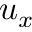
u _ { x }